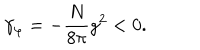
LaTeX: \gamma _ { \varphi } = - \frac { N } { 8 \pi } g ^ { 2 } < 0 .